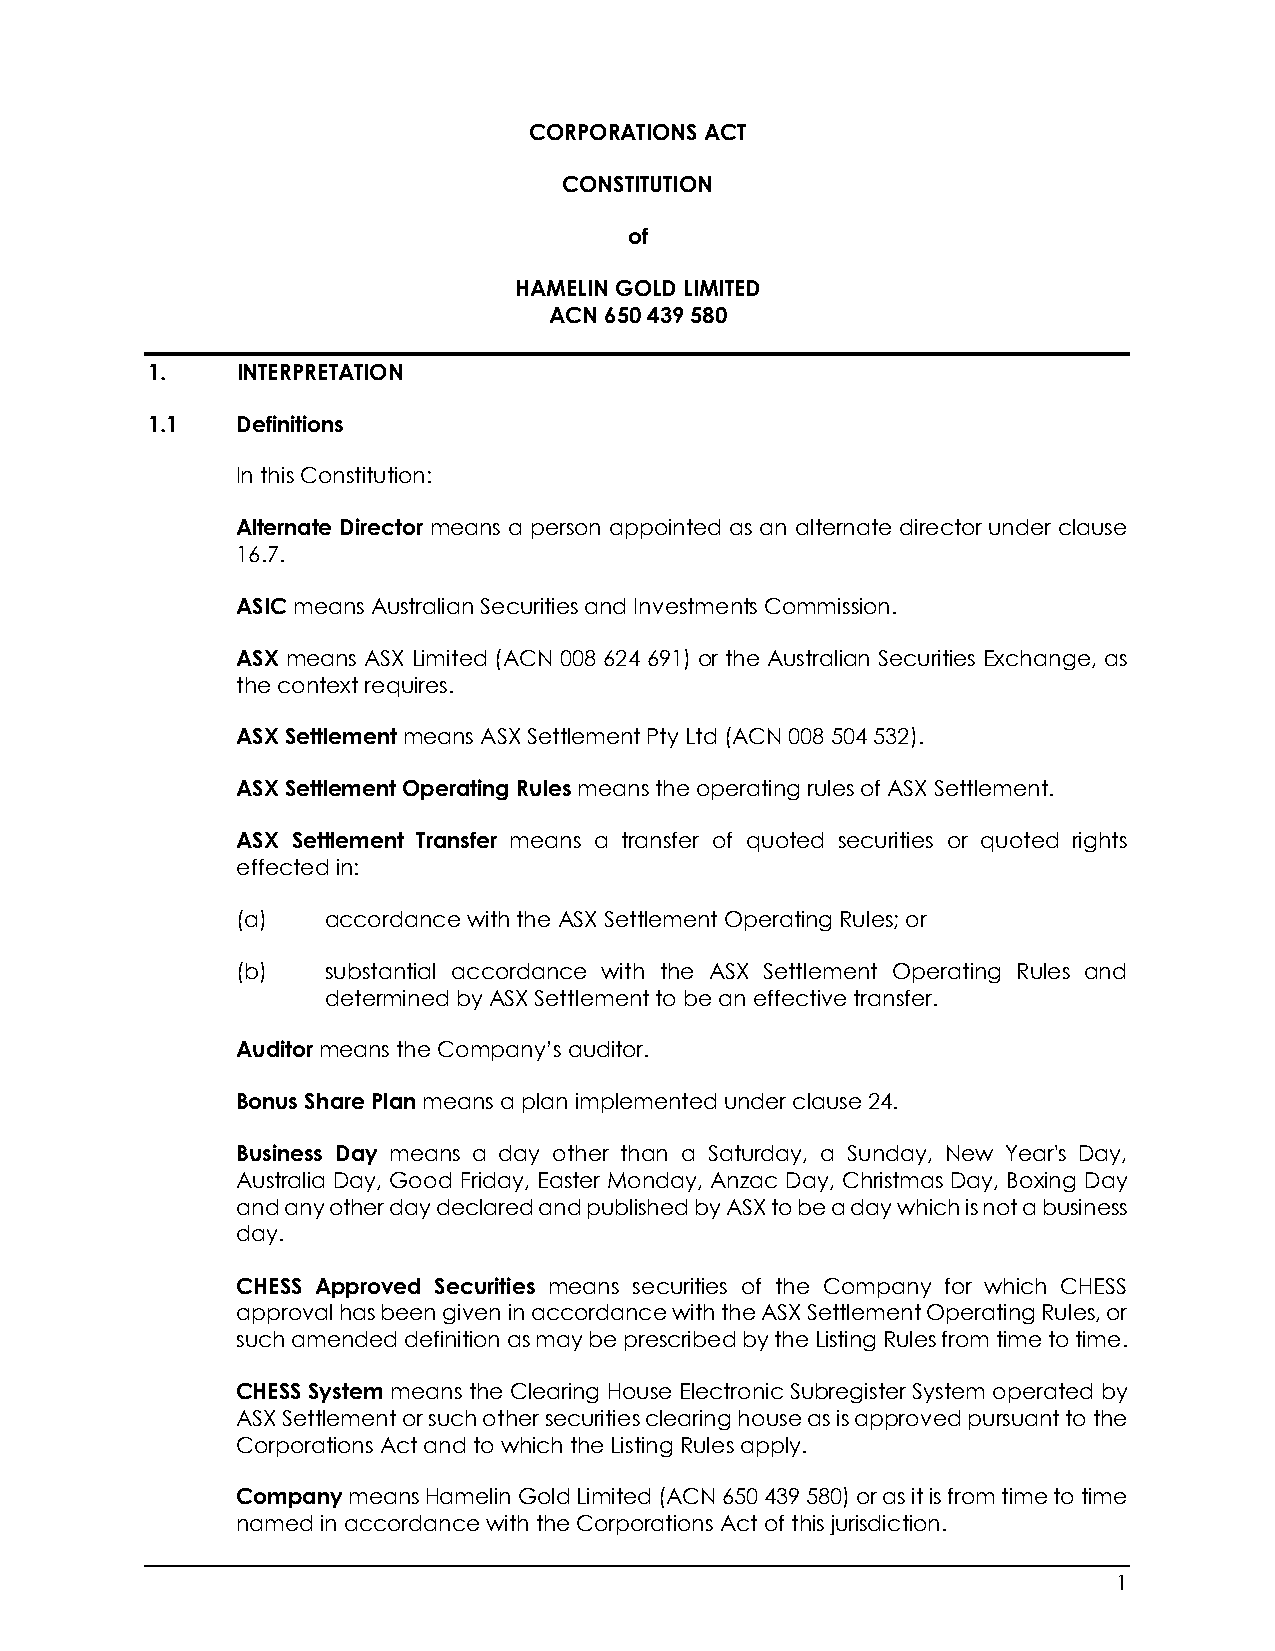
CORPORATIONS ACT
 CONSTITUTION
 of
 HAMELIN GOLD LIMITED
 ACN 650 439 580
 1.    INTERPRETATION
 1.1   Definitions
 In this Constitution:
 Alternate Director means a person appointed as an alternate director under clause
 16.7.
 ASIC means Australian Securities and Investments Commission.
 ASX means ASX Limited (ACN 008 624 691) or the Australian Securities Exchange, as
 the context requires.
 ASX Settlement means ASX Settlement Pty Ltd (ACN 008 504 532).
 ASX Settlement Operating Rules means the operating rules of ASX Settlement.
 ASX Settlement Transfer means a transfer of quoted securities or quoted rights
 effected in:
 (a)   accordance with the ASX Settlement Operating Rules; or
 (b)   substantial accordance with the ASX Settlement Operating Rules and
 determined by ASX Settlement to be an effective transfer.
 Auditor means the Company’s auditor.
 Bonus Share Plan means a plan implemented under clause 24.
 Business Day means a day other than a Saturday, a Sunday, New Year's Day,
 Australia Day, Good Friday, Easter Monday, Anzac Day, Christmas Day, Boxing Day
 and any other day declared and published by ASX to be a day which is not a business
 day.
 CHESS Approved Securities means securities of the Company for which CHESS
 approval has been given in accordance with the ASX Settlement Operating Rules, or
 such amended definition as may be prescribed by the Listing Rules from time to time.
 CHESS System means the Clearing House Electronic Subregister System operated by
 ASX Settlement or such other securities clearing house as is approved pursuant to the
 Corporations Act and to which the Listing Rules apply.
 Company means Hamelin Gold Limited (ACN 650 439 580) or as it is from time to time
 named in accordance with the Corporations Act of this jurisdiction.
 1